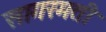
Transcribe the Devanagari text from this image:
सागरमती